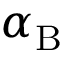
\alpha _ { \mathrm { { B } } }